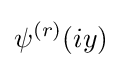
\psi ^{(r)}(iy)